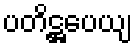
ပတိဋ္ဌပေယျ